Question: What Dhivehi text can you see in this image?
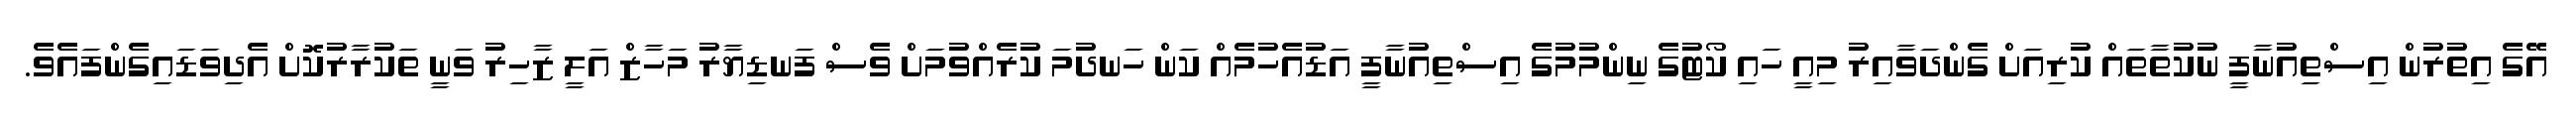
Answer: އޭގެ އިތުރުން އިސްތިއުނާފީ ނުކުތާތައް ކުރިއަށް ގެންދަވާއިރު މިއީ ހައި ކޯޓުގެ ނިންމުމުގެ އިސްތިއުނާފީ އަޑުއެހުމެއް ކަން ހަނދުމަ ކުރެއްވުމަށް ވެސް ފަނޑިޔާރު މަހާޒް އަލީ ޒާހިރު ވަނީ ތަކުރާރުކޮށް އެދިވަޑައިގެންފައެވެ.